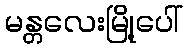
မန္တလေးမြို့ပေါ်